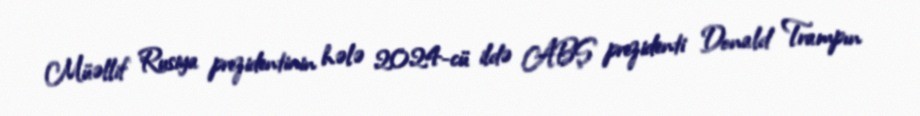
Müəllif Rusiya prezidentinin hələ 2024-cü ildə ABŞ prezidenti Donald Trampın